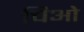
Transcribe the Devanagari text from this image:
चिओ